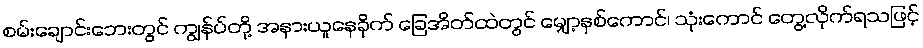
စမ်းချောင်းဘေးတွင် ကျွန်ပ်တို့ အနားယူနေခိုက် ခြေအိတ်ထဲတွင် မျှော့နှစ်ကောင်၊ သုံးကောင် တွေ့လိုက်ရသဖြင့်